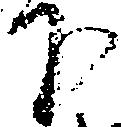
下